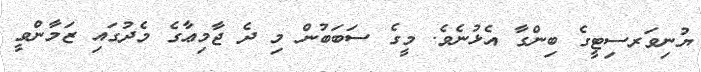
ޔުނިވަރސިޓީގެ ބިންގާ އެޅުނެވެ. މީގެ ސަބަބުން މި ދެ ޖާމިޢާގެ މެދުގައި ޒަމާންވީ